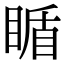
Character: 瞃